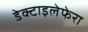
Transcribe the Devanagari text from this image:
डेक्टाइलेफेरा